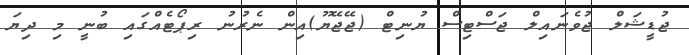
ޖުޑީޝަލް ޖުވެނައިލް ޖަސްޓިސް ޔުނިޓް (ޖޭޖޭޔޫ)އިން ނެރުނު ރިޕޯޓެއްގައި ބުނީ މި ދިޔަ